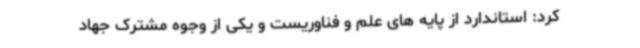
کرد: استاندارد از پایه های علم و فناوریست و یکی از وجوه مشترک جهاد